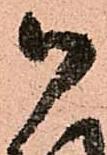
御